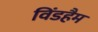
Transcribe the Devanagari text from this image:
विंडहैम